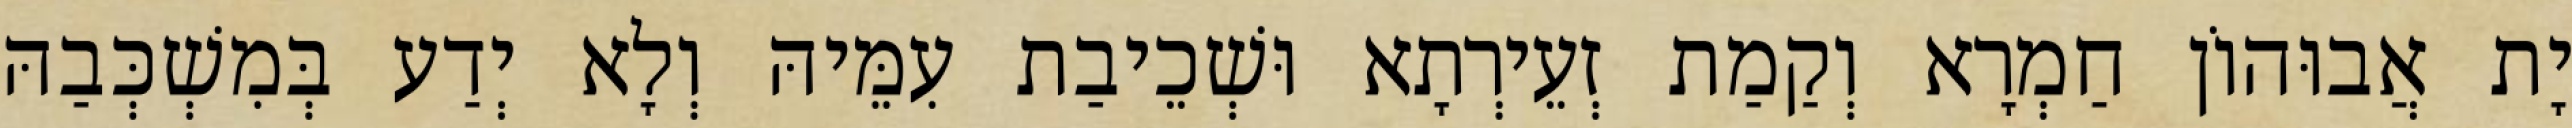
יָת אֲבוּהוֹן חַמְרָא וְקַמַת זְעֵירְתָא וּשְׁכֵיבַת עִמֵּיהּ וְלָא יְדַע בְּמִשְׁכְּבַהּ